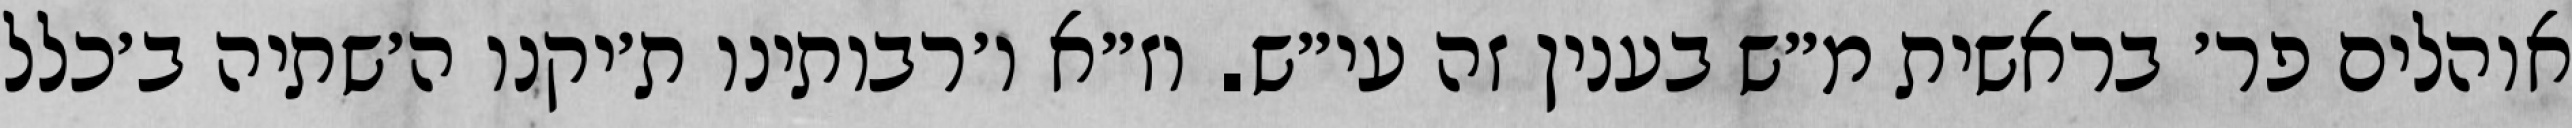
אוהלים פר׳ בראשית מ״ש בענין זה עי״ש. וז״א ו׳רבותינו ת׳יקנו ה׳שתיה ב׳כלל